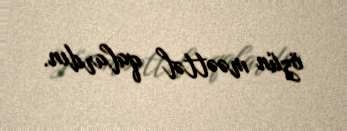
özün məəttəl qalardın.